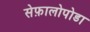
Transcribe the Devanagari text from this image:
सेफ़ालोपोडा